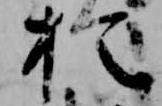
於